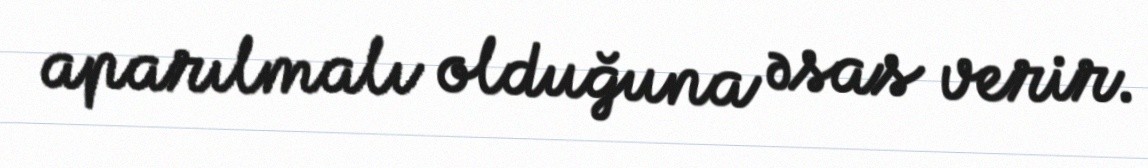
aparılmalı olduğuna əsas verir.